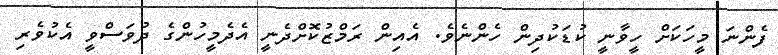
ފެންނަ މީހަކަށް ހީވާނީ ކުޑަކުދިން ހެންނެވެ. އެއިން ރަމްޒުކޮށްދެނީ އެދެމީހުންގެ ދުވަސްވީ އެކުވެރި